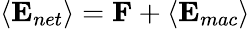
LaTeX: \langle{\mathbf{E}}_{net}\rangle={\mathbf{F}}+\langle{\mathbf{E}}_{mac}\rangle